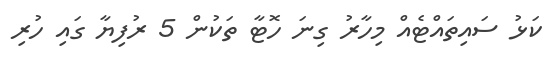
ކަޅު ސައިތައްޓެއް މިހާރު ގިނަ ހޮޓާ ތަކުން 5 ރުފިޔާ ގައި ހުރި